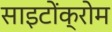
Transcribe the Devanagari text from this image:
साइटोंक्रोम